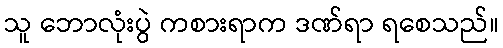
သူ ဘောလုံးပွဲ ကစားရာက ဒဏ်ရာ ရစေသည်။